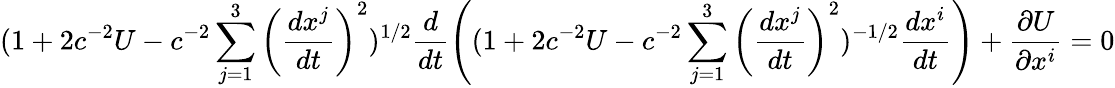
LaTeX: (1+2c^{-2}U-c^{-2}\sum_{j=1}^{3}\left(\frac{dx^{j}}{dt}\right)^{2})^{1/2}\frac{d}{dt}\left((1+2c^{-2}U-c^{-2}\sum_{j=1}^{3}\left(\frac{dx^{j}}{dt}\right)^{2})^{-1/2}\frac{dx^{i}}{dt}\right)+\frac{\partial U}{\partial x^{i}}=0